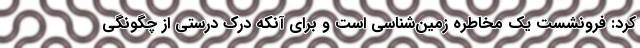
کرد: فرونشست یک مخاطره زمین‌شناسی است و برای آنکه درک درستی از چگونگی